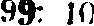
99: 10